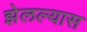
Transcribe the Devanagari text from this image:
झेलल्यास